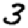
Digit: 3